Document type: Sale
Year: 1226
Scribe: Ramon d'Om
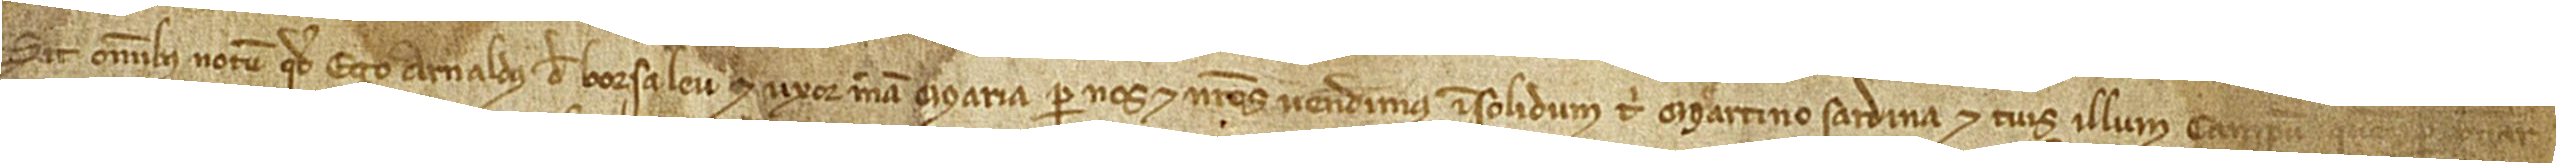
Sit omnibus notum quod ego Arnaldus de Borsaleu et uxor mea Maria per nos et nostros vendimus insolidum tibi Martino Sardina et tuis illum campum quem per Bernar-